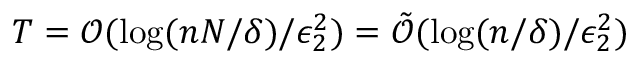
T = \mathcal { O } ( \log ( n N / \delta ) / \epsilon _ { 2 } ^ { 2 } ) = \tilde { \mathcal { O } } ( \log ( n / \delta ) / \epsilon _ { 2 } ^ { 2 } )